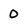
Character: 0